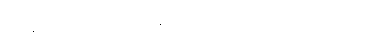
ကျွန်မတို့ ဘထွေးဘုန်းကြီး ဟိုဘက်ရွာမှာ ရှိတယ်။